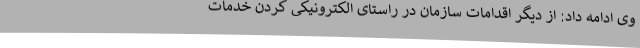
وی ادامه داد: از دیگر اقدامات سازمان در راستای الکترونیکی کردن خدمات